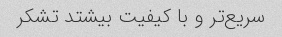
سریع‌تر و با کیفیت بیشتد تشکر